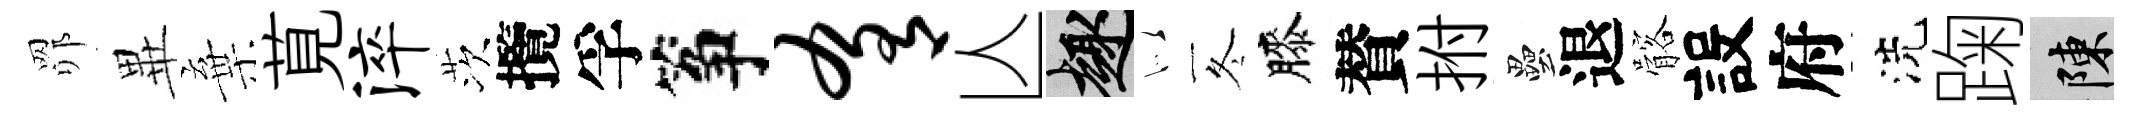
𦊑𭺾棄莧淬茨攬孚筝肴亾趣似冬膝賛拊壘退髂設府洗踘陳